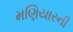
મણિયારની